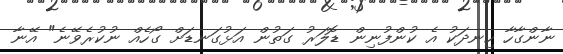
ނާންގާހާ ހިނދަކު އެ ކުންފުނިން ޑޮލަރު ގަތުން އަޅުގަނޑަށް ގޯހެއް ނުކުރެވޭނެ" އޭނާ